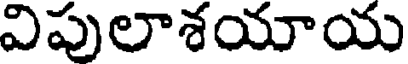
విపులాశయాయ